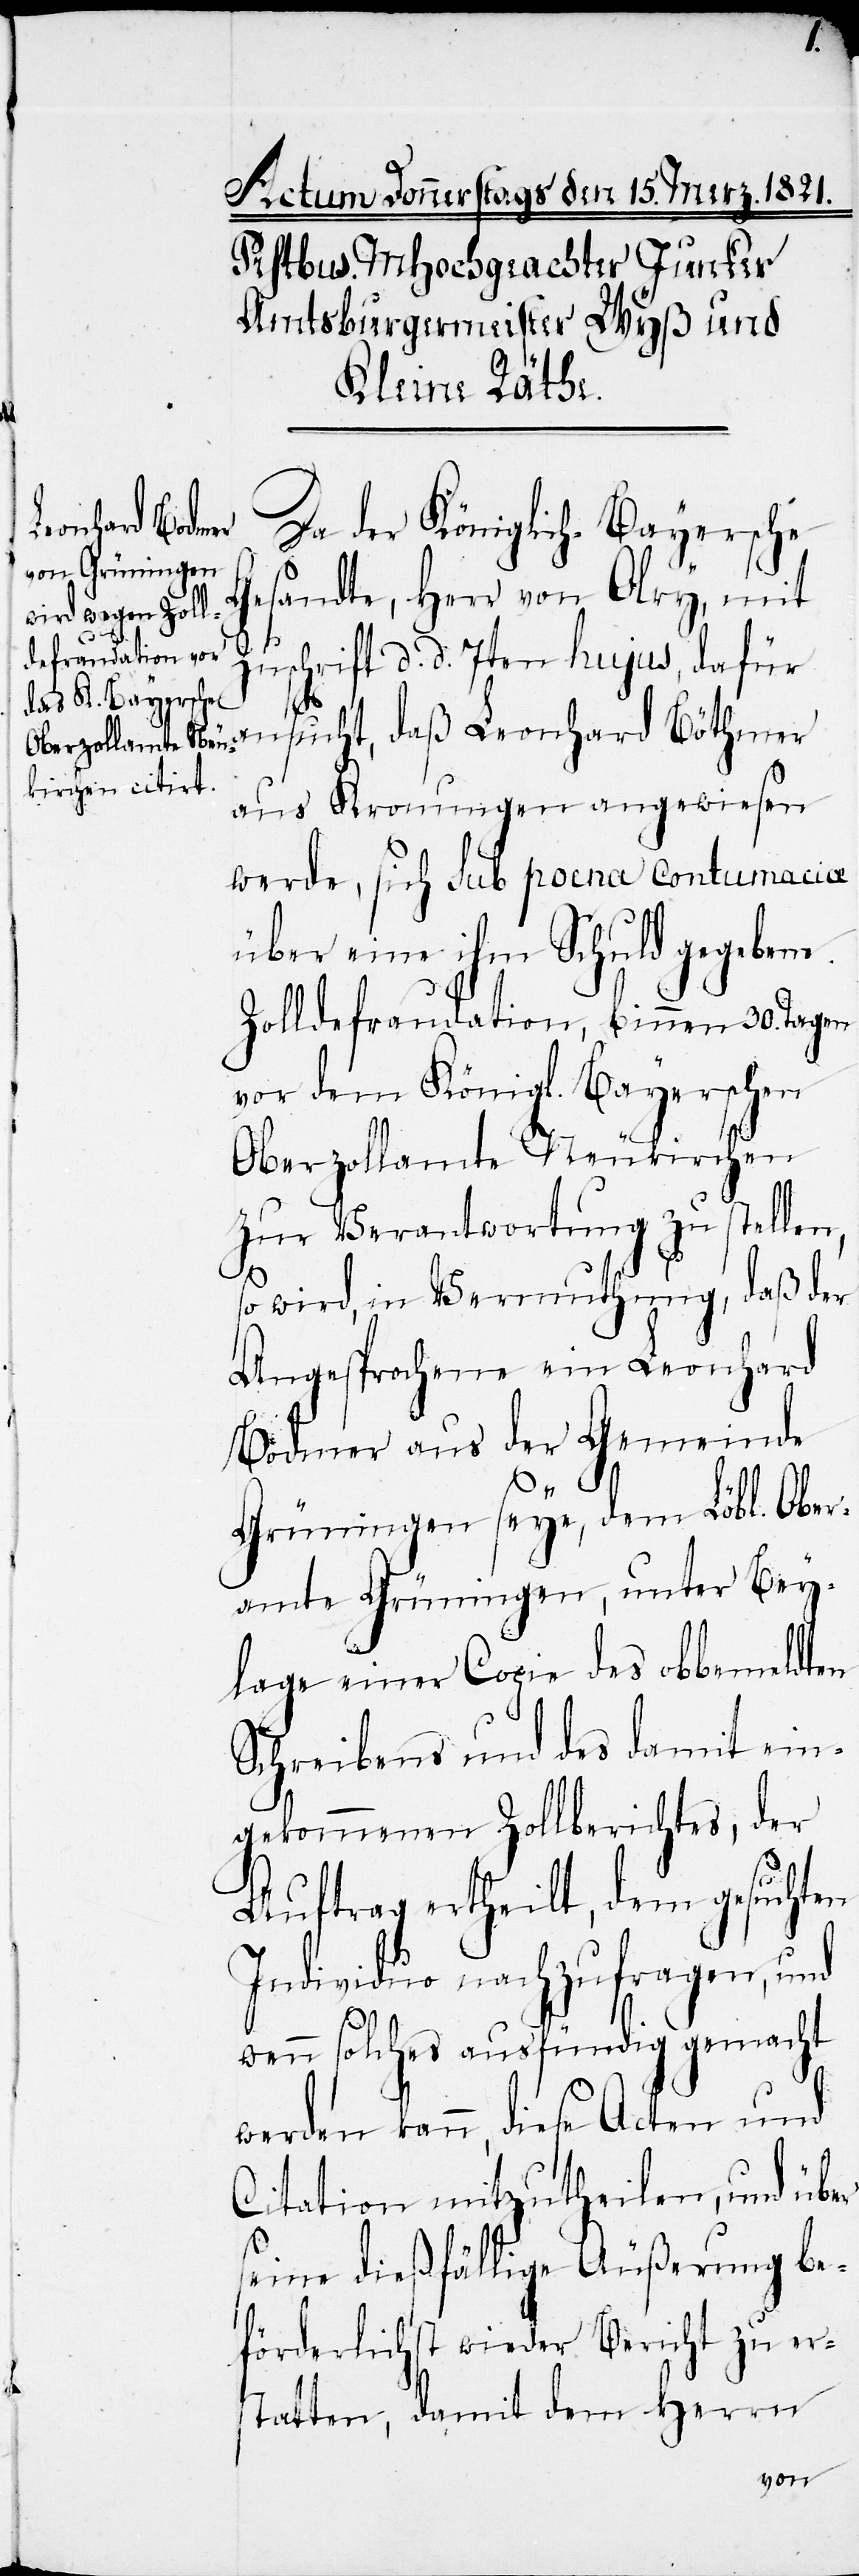
Da der Königlich-Bayersche
esandte, Herr von Olry, mit
Zuschrift d. d. 7ten hujus, dafür
sucht, daß Leonhard Böthmer
aus Kronungen angewiesen
werde, sich sub poena contumaciæ
über eine ihm Schuld gegebene
Zolldefraudation, binnen 30. Tagen
vor dem Königl. Bayerschen
Oberzollamte Neukirchen
zur Verantwortung zu stellen,
so wird, in Vermuthung, daß der
Angesprochene ein Leonhard
Bodmer aus der Gemeinde
Grüningen seye, dem Löbl. Ober¬
amte Grüningen, unter Bey¬
an¬
lage einer Copie des obbemeldten
Schreibens und des damit ein¬
gekommenen Zollberichtes, der
Auftrag ertheilt, dem gesuchten
Individuo nachzufragen, und
wenn solches ausfündig gemacht
werden kann, diese Acten und
Citation mitzutheilen, und über
seine dießfällige Äußerung be¬
förderlichst wieder Bericht zu ers¬
tatten, damit dem Herrn